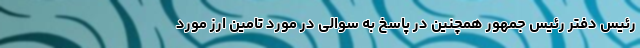
رئیس دفتر رئیس جمهور همچنین در پاسخ به سوالی در مورد تامین ارز مورد